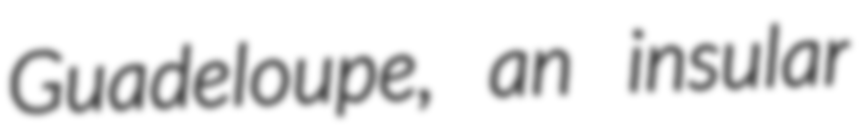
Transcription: Guadeloupe, an insular